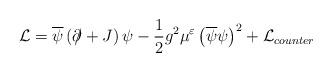
LaTeX: \begin{align*} {\cal L}=\overline{\psi}\left(\partial \hspace{-0.2cm}/ +J\right)\psi-\frac{1}{2}g^{2}\mu^{\varepsilon}\left(\overline{\psi}\psi\right)^{2}+{\cal L}_{counter}\end{align*}